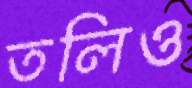
তলিও